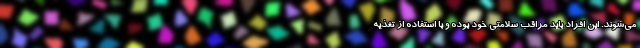
می‌شوند. این افراد باید مراقب سلامتی خود بوده و با استفاده از تغذیه